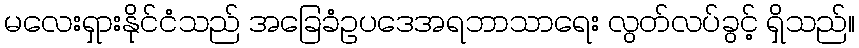
မလေးရှားနိုင်ငံသည် အခြေခံဥပဒေအရဘာသာရေး လွတ်လပ်ခွင့် ရှိသည်။